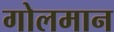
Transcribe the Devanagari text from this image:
गोलमान